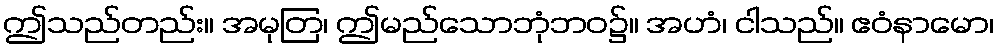
ဤသည်တည်း။ အမုတြ၊ ဤမည်သောဘုံဘဝ၌။ အဟံ၊ ငါသည်။ ဧဝံနာမော၊